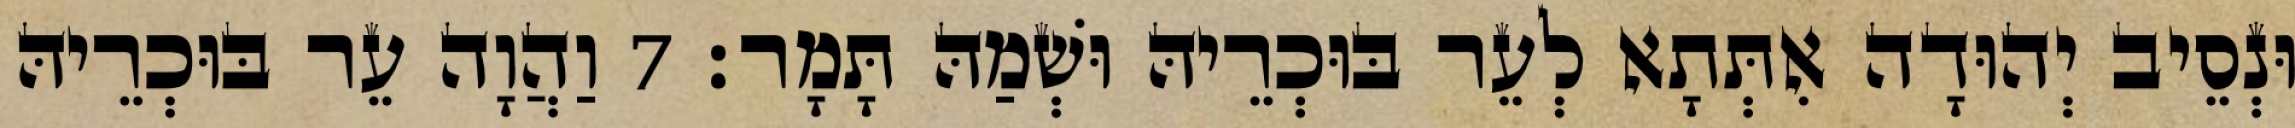
וּנְסֵיב יְהוּדָה אִתְּתָא לְעֵר בּוּכְרֵיהּ וּשְׁמַהּ תָּמָר׃ 7 וַהֲוָה עֵר בּוּכְרֵיהּ